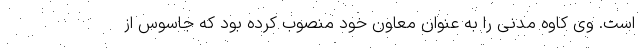
است. وی کاوه مدنی را به عنوان معاون خود منصوب کرده بود که جاسوس از